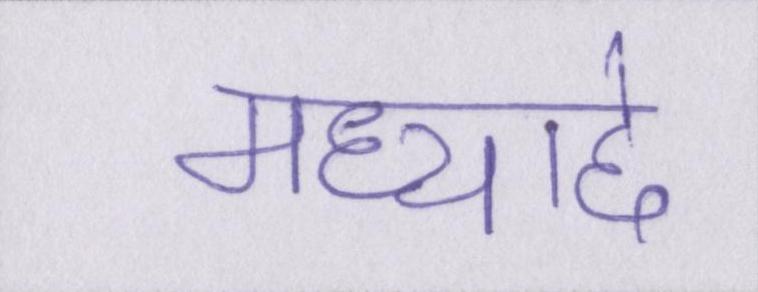
मध्याद्दे